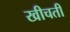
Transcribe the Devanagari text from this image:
खीचती